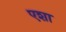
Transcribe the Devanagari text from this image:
एशा